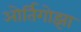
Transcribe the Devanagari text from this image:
ओर्तिगोझा